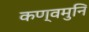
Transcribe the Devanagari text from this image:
कण्वमुनि